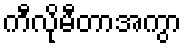
ကီလိုမီတာအကွာ